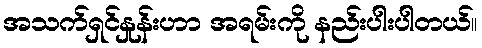
အသက်ရှင်နှုန်းဟာ အရမ်းကို နည်းပါးပါတယ်။